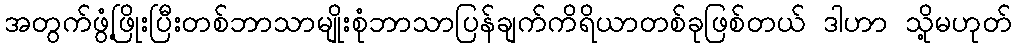
အတွက်ဖွံ့ဖြိုးပြီးတစ်ဘာသာမျိုးစုံဘာသာပြန်ချက်ကိရိယာတစ်ခုဖြစ်တယ် ဒါဟာ သို့မဟုတ်